Punjab Mental Hospital Lahore 1922-31 - 1922-1931
Year: 1922
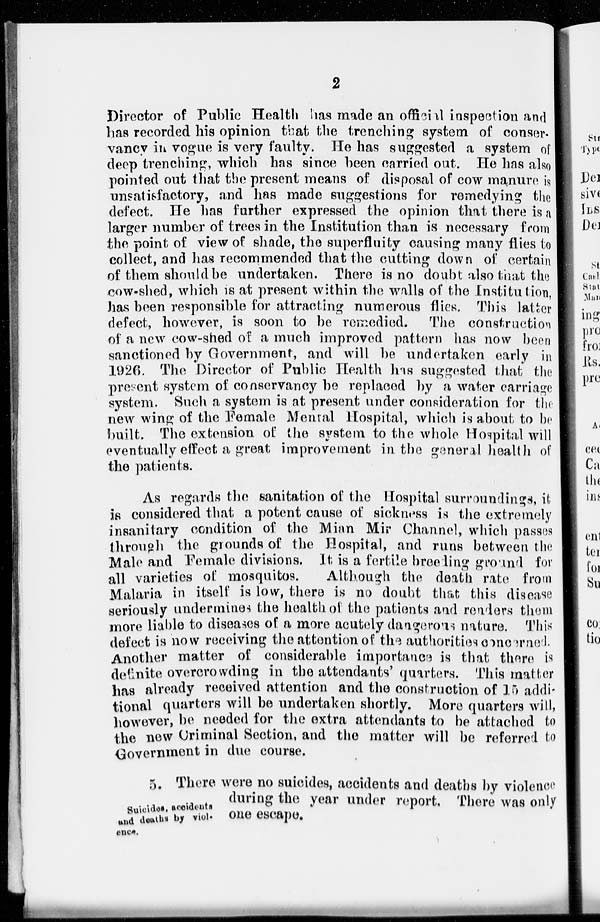
2
Director of Public Health has made an official inspection and
has recorded his opinion that the trenching system of conser-
vancy in vogue is very faulty. He has suggested a system of
deep trenching, which has since been carried out. He has also
pointed out that the present means of disposal of cow manure is
unsatisfactory, and has made suggestions for remedying the
defect. He has further expressed the opinion that there is a
larger number of trees in the Institution than is necessary from
the point of view of shade, the superfluity causing many flies to
collect, and has recommended that the cutting down of certain
of them should be undertaken. There is no doubt also that the
cow-shed, which is at present within the walls of the Institution,
has been responsible for attracting numerous flies. This latter
defect, however, is soon to be remedied. The construction
of a new cow-shed of a much improved pattern has now been
sanctioned by Government, and will be undertaken early in
1926. The Director of Public Health has suggested that the
present system of conservancy be replaced by a water carriage
system. Such a system is at present under consideration for the
new wing of the Female Mental Hospital, which is about to be
built. The extension of the system to the whole Hospital will
eventually effect a great improvement in the general health of
the patients.
As regards the sanitation of the Hospital surroundings, it
is considered that a potent cause of sickness is the extremely
insanitary condition of the Mian Mir Channel, which passes
through the grounds of the Hospital, and runs between the
Male and Female divisions. It is a fertile breeding ground for
all varieties of mosquitos.
Although the death rate from
Malaria in itself is low, there is no doubt that this disease
seriously undermines the health of the patients and renders them
more liable to diseases of a more acutely dangerous nature. This
defect is now receiving the attention of the authorities concerned.
Another matter of considerable importance is that there is
definite overcrowding in the attendants' quarters. This matter
has already received attention and the construction of 15 addi-
tional quarters will be undertaken shortly. More quarters will,
however, be needed for the extra attendants to be attached to
the new Criminal Section, and the matter will be referred to
Government in due course.
Suicides, accidents
and deaths by violence.
5. There were no suicides, accidents and deaths by violence
during the year under report. There was only
one escape.